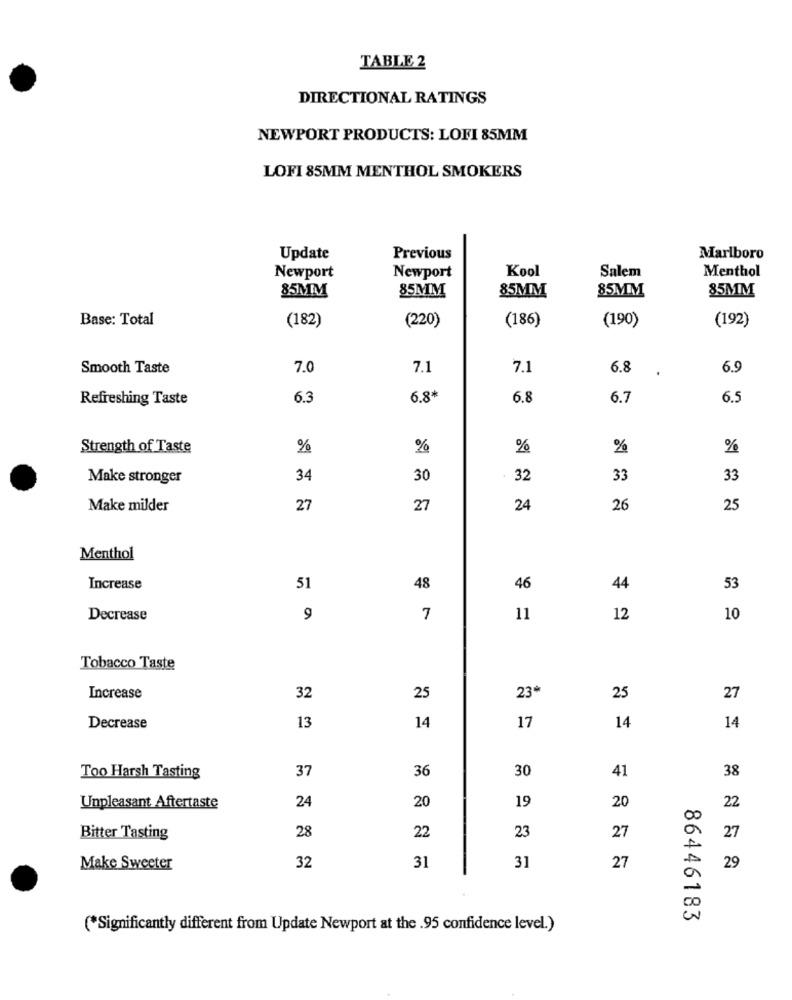
TABLE 2
DIRECTIONAL RATINGS
NEWPORT PRODUCTS: LOFI 85MM
LOFI 85MM MENTHOL SMOKERS
Update
Previous
Marlboro
Kool
Salem
Menthol
Newport
Newport
85MM
85MM
85MM
85MM
85MM
Base: Total
(182)
(220)
(186)
(190)
(192)
Smooth Taste
7.0
7.1
7.1
5.8
6.9
Refreshing Taste
6.3
6.8*
6.8
6.7
6.
Strength of Taste
%
%
%
%
%
Make stronger
34
30
32
33
33
Make milder
27
27
24
26
25
Menthol
Increase
51
48
46
44
53
Decrease
9
7
11
12
10
Tobacco Taste
Increase
32
25
23*
25
27
Decrease
13
14
17
14
14
37
30
38
Too Harsh Tasting
36
41
24
19
Unpleasant Aftertaste
20
20
22
28
23
Bitter Tasting
22
27
27
Make Sweeter
32
31
31
27
29
86446183
(*Significantly different from Update Newport at the .95 confidence level.)